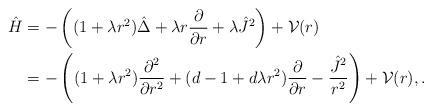
LaTeX: \begin{align*} {\hat H} &= - \left((1+\lambda r^2)\hat{\Delta} + \lambda r \frac{\partial}{\partial r} + \lambda {\hat J}^2 \right) + {\cal V}(r) \\ &= - \left((1+\lambda r^2)\frac{\partial^2}{\partial r^2} + (d-1+d\lambda r^2)\frac{\partial}{\partial r} - \frac{{\hat J}^2}{r^2}\right) + {\cal V}(r),. \end{align*}